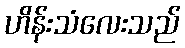
ဟိန်းသံလေးသည်